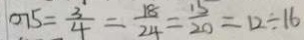
0 7 5 = \frac { 3 } { 4 } = \frac { 1 8 } { 2 4 } = \frac { 1 5 } { 2 0 } = 1 2 \div 1 6